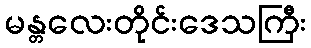
မန္တလေးတိုင်းဒေသကြီး